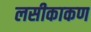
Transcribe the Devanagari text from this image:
लसीकाकण